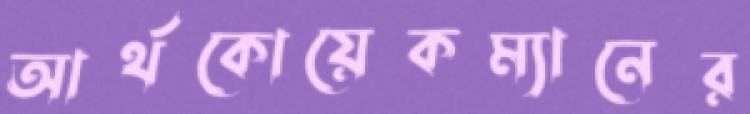
আর্থকোয়েকম্যানের